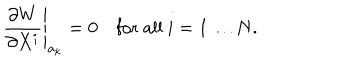
LaTeX: \frac { \partial W } { \partial X ^ { i } } \Bigg | _ { a _ { k } } = 0 \quad \mathrm { f o r ~ a l l ~ } i = 1 \dots N .